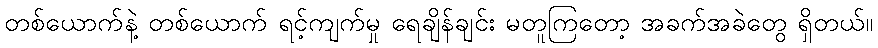
တစ်ယောက်နဲ့ တစ်ယောက် ရင့်ကျက်မှု ရေချိန်ချင်း မတူကြတော့ အခက်အခဲတွေ ရှိတယ်။